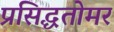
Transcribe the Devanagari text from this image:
प्रसिद्धतोमर